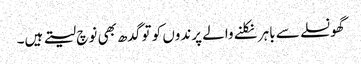
گھونسلے سے باہر نکلنے والے پرندوں کو تو گدھ بھی نوچ لیتے ہیں۔